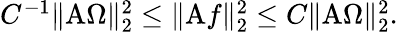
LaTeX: \begin{array}{r}{C^{-1}\| \mathrm{A}\Omega\| _{2}^{2}\leq\| \mathrm{A}f\| _{2}^{2}\leq C\| \mathrm{A}\Omega\| _{2}^{2}.}\end{array}